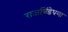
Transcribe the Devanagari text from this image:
राजबिंडेपणा